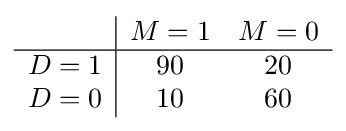
{\begin{array}{c|cc}&M=1&M=0\\\hline D=1&90&20\\D=0&10&60\end{array}}